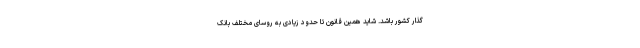
گذار کشور باشد. شاید همین قانون تا حدود زیادی به روسای مختلف بانک